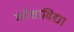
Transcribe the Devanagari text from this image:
कोशाविद्या